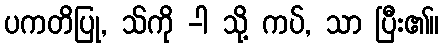
ပကတိပြု, သ်ကို -ါ သို့ ကပ်, သာ ပြီး၏။